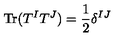
\mathrm { T r } ( T ^ { I } T ^ { J } ) = \frac { 1 } { 2 } \delta ^ { I J }